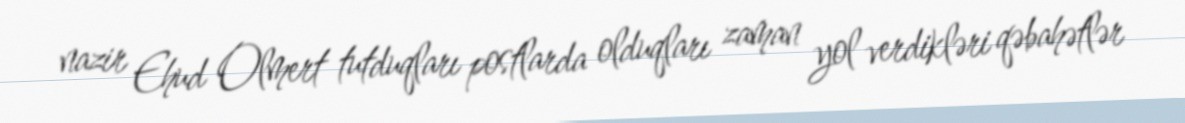
nazir Ehud Olmert tutduqları postlarda olduqları zaman yol verdikləri qəbahətlər